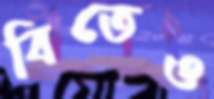
বিতেও